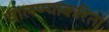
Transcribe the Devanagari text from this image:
चालण्याकरितां